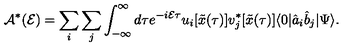
{ \cal A } ^ { * } ( { \cal E } ) = \sum _ { i } \sum _ { j } \int _ { - \infty } ^ { \infty } d \tau e ^ { - i { \cal E } \tau } u _ { i } [ { \tilde { x } } ( \tau ) ] v _ { j } ^ { * } [ { \tilde { x } } ( \tau ) ] \langle 0 \vert { \hat { a } } _ { i } { \hat { b } } _ { j } \vert \Psi \rangle .